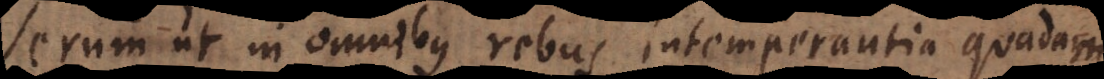
Verum ut in omnibus rebus intemperantia quadam